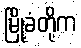
မြို့ခံတို့က